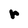
Character: r